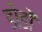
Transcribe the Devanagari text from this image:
डोडों